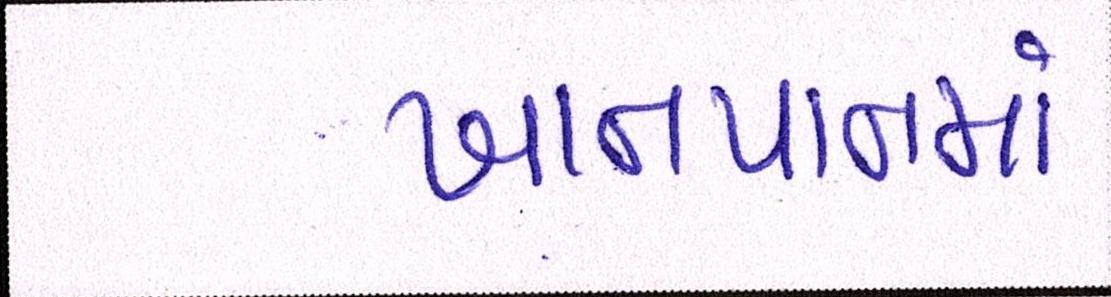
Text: ખાનપાનમાં